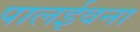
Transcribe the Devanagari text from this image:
पालईवना